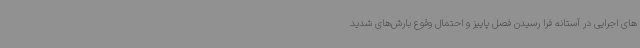
های اجرایی در آستانه فرا رسیدن فصل پاییز و احتمال وقوع بارش‌های شدید